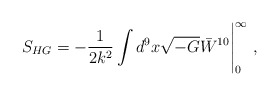
\begin{align*} S_{HG}=-\frac{1}{2k^{2}}\int d^{9}x \sqrt{-G}\bar{W}^{10}\Bigg|_{0}^{\infty}\ ,\end{align*}